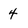
Character: 4